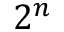
2 ^ { n }